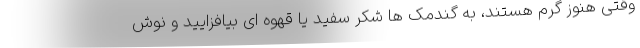
وقتی هنوز گرم هستند، به گندمک ها شکر سفید یا قهوه ای بیافزایید و نوش